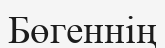
Бөгеннің